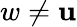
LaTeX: w\neq\mathbf{u}